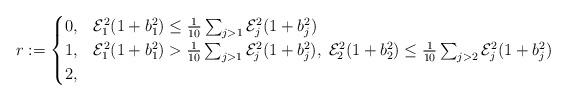
LaTeX: \begin{align*}r := \begin{cases}0, &{\mathcal E}_1^2(1+b_1^2) \leq \frac{1}{10}\sum_{j > 1}{\mathcal E}_j^2(1+b_j^2)\\1, & {\mathcal E}_1^2(1+b_1^2) > \frac{1}{10}\sum_{j > 1}{\mathcal E}_j^2(1+b_j^2),\; {\mathcal E}_2^2(1+b_2^2) \leq \frac{1}{10}\sum_{j > 2}{\mathcal E}_j^2(1+b_j^2)\\2, & \end{cases}\end{align*}